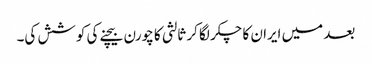
بعد میں ایران کا چکر لگا کر ثالثی کا چورن بیچنے کی کوشش کی۔